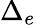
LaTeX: \Delta_{e}